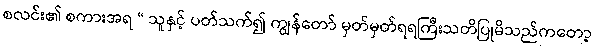
စလင်း၏ စကားအရ “ သူနှင့် ပတ်သက်၍ ကျွန်တော် မှတ်မှတ်ရရကြီးသတိပြုမိသည်ကတော့